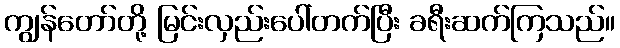
ကျွန်တော်တို့ မြင်းလှည်းပေါ်တက်ပြီး ခရီးဆက်ကြသည်။